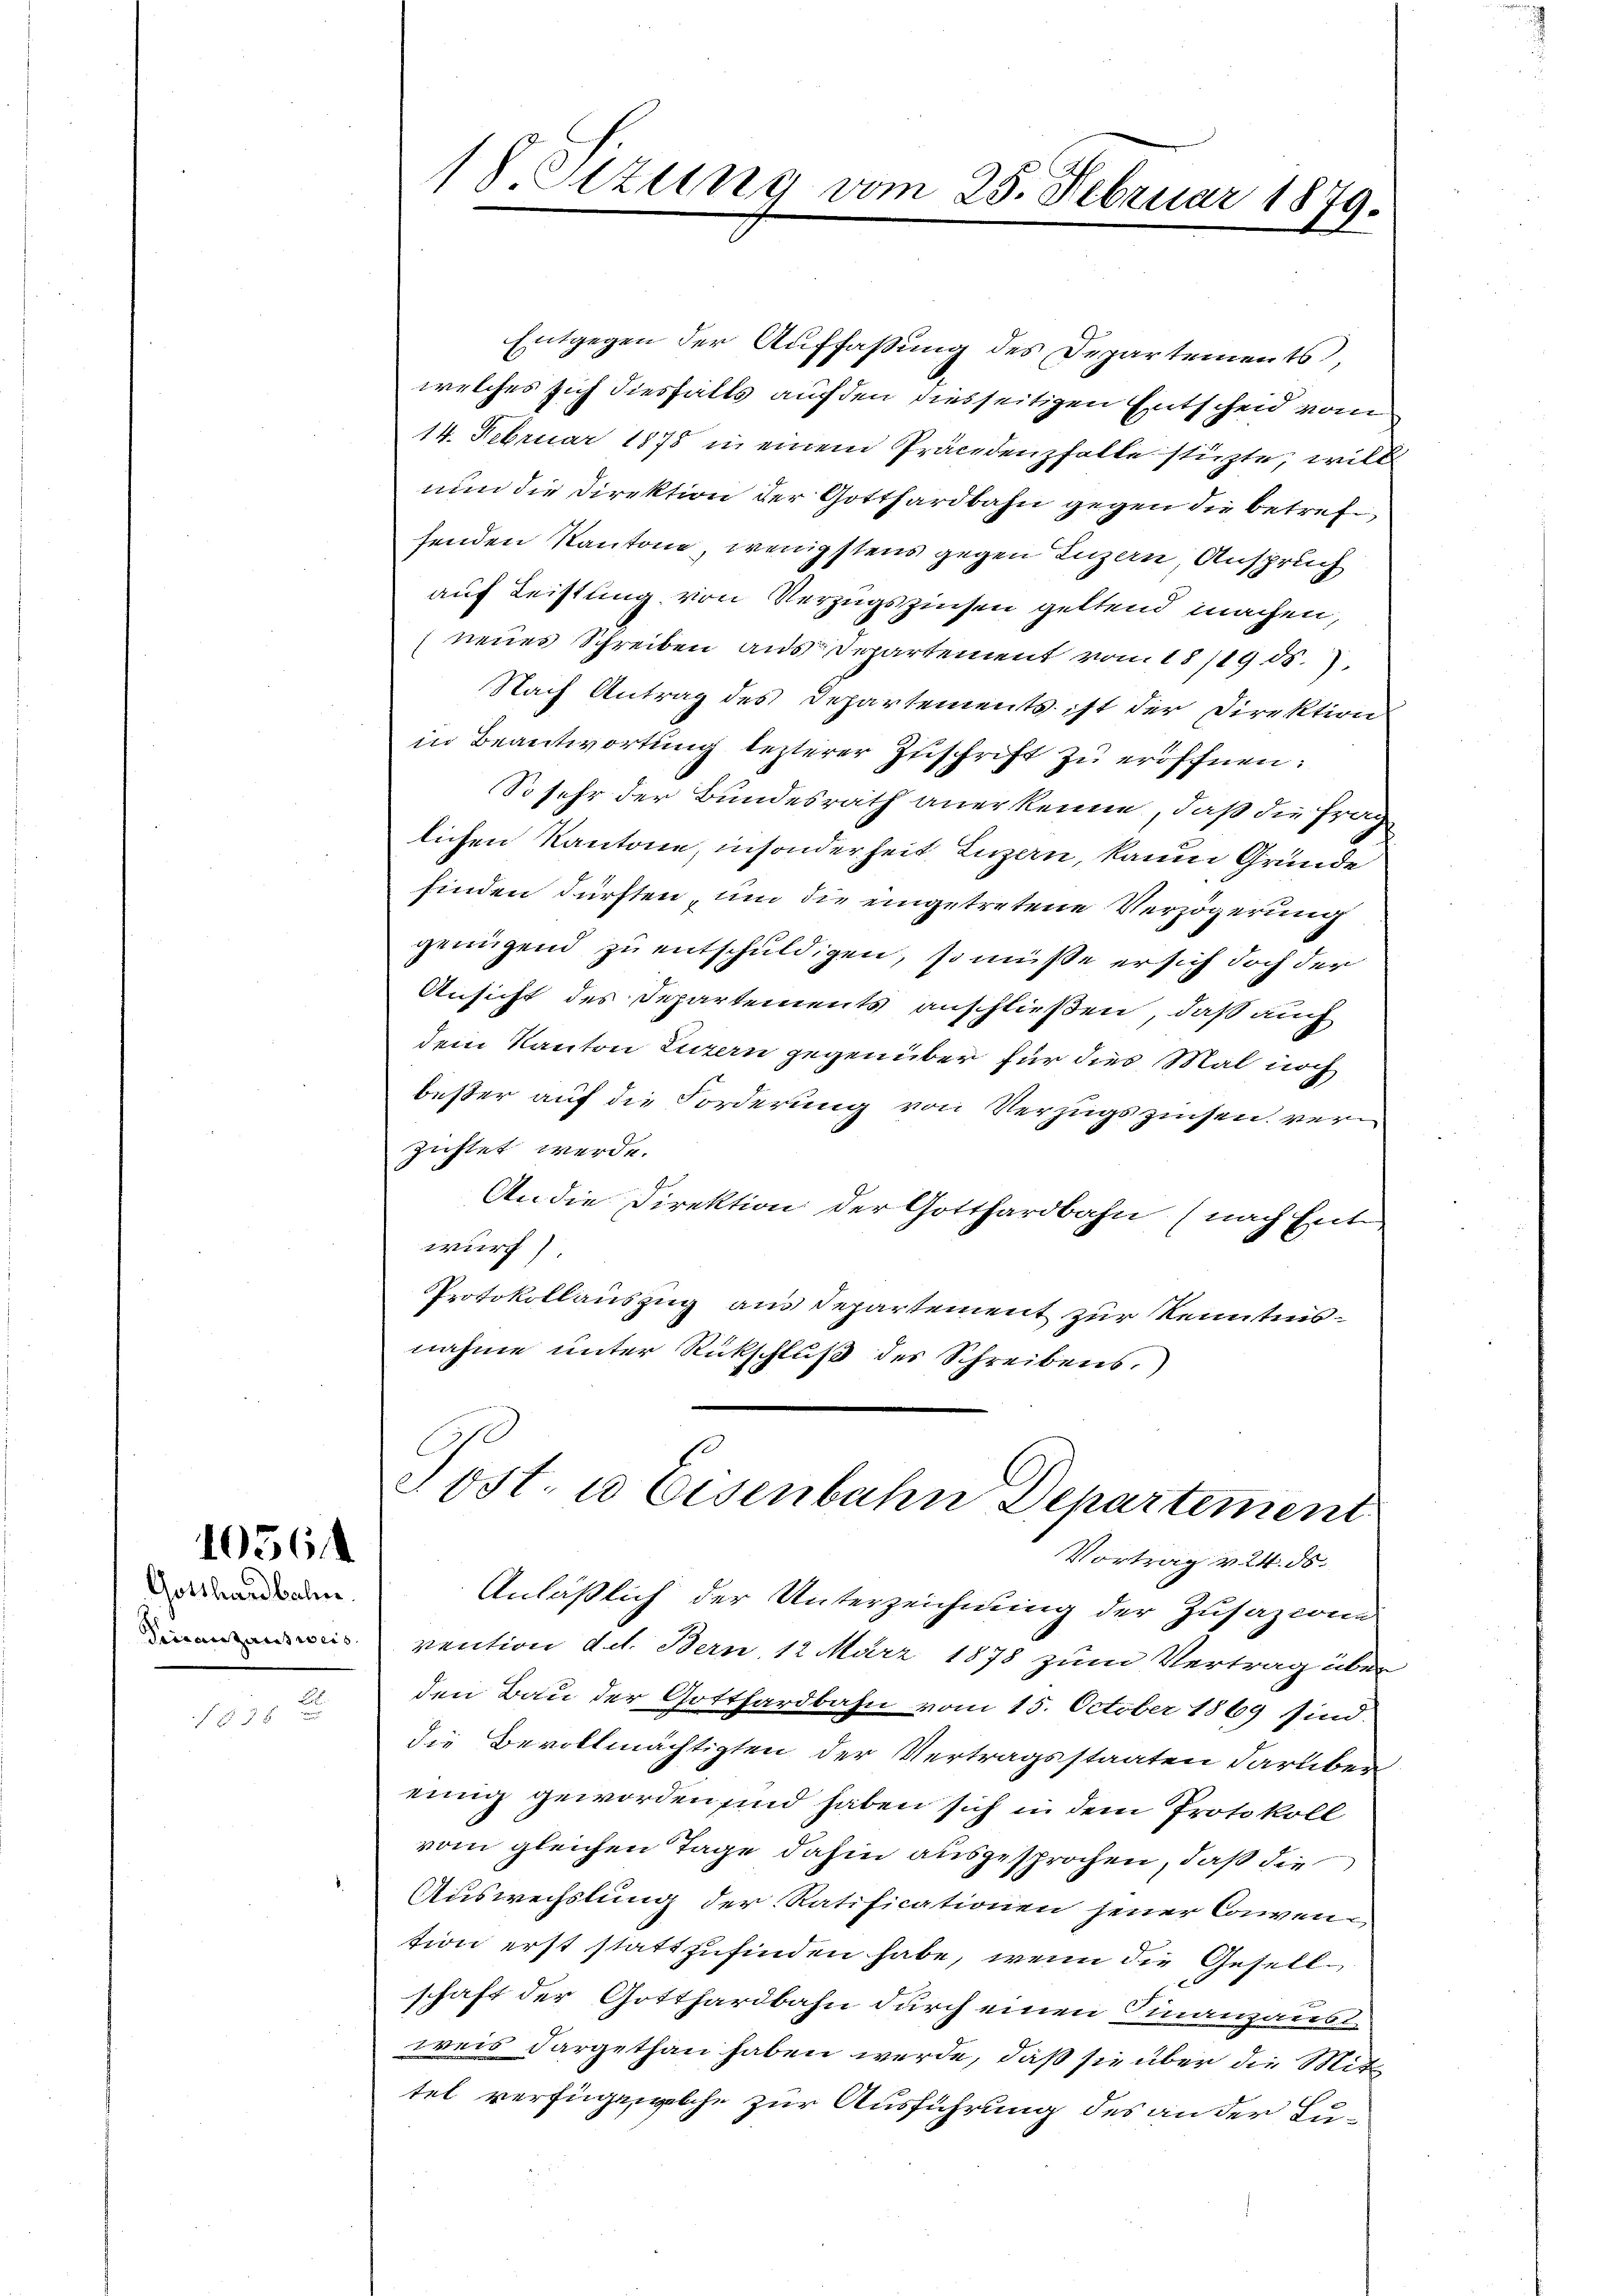
1056.

Gotthardbahn.

2

18. Stzung vom 25. Februar 1879.

Entgegen der Auffassung des Departements,
welches sich diesfalls auf den diesseitigen Entscheid vom
14. Februar 1875 in einem Präcedenfalle stüzte, will
nun die Direktion der Gotthardbahn gegen die betrefsenden Kantone, wenigstens gegen Luzern, Anspruch
auf Leistung von Verzugszinsen geltend machen,
neues Schreiben aus Departement vom 18/19 d
Nach Antrag des Departements ist der Direktion
in Beantwortung lezterer Zuschrift zu eröffnen:
So sehr der Bundesrath anerkenne, daß die fraglichen Kantone, insonderheit Luzern, kaum Gründe
finden dürften, um die eingetretene Verzögerung
genügend zu entschuldigen, so müße er sich doch der
Ansicht des Departements anschließen, daß auch
dem Kanton Luzern gegenüber für dies Mal noch
beßer auf die Forderung von Verzugszinsen verzichtet werde.
An die Direktion der Gotthardbahn (nach Ent
wurf)
Protokollauszug aus Departement zur Kenntnisnahme unter Rückschluß des Schreibens.

Post. u. Eisenbahn Departement
Vortrag v. 24. ds.

Anläßlich der Unterzeichnung der Zusazione
 vention d. d. Bern, 12 März 1878 zum Vertrag über
den Bau der Gotthardbahn vom 15. October 1869 sind.
die Bevollmächtigten der Vertragsstaaten darüber
einig geworden sind haben sich in dem Protokoll
vom gleichen Tage dahin ausgesprochen, daß die
Auswechslung der Ratificationen jener Convention erst stattzufinden habe, wenn die Gesellschaft der Gotthardbahn durch einen Finanzausweis dargethan haben werde, daß sie über die Mittel verfüge, welche zur Ausführung des an der Lu-